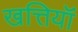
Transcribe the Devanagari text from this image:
खत्तियॉं